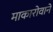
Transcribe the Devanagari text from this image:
माकारोवाने